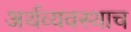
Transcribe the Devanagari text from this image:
अर्थव्यवस्थाच